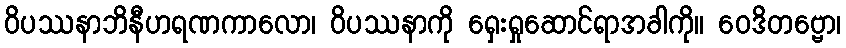
ဝိပဿနာဘိနီဟရဏကာလော၊ ဝိပဿနာကို ရှေးရှုဆောင်ရာအခါကို။ ဝေဒိတဗ္ဗော၊